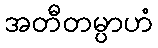
အတီတမ္ပာဟံ